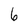
Character: 6